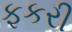
ફકરી